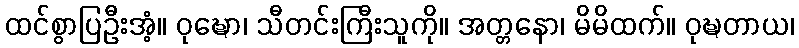
ထင်စွာပြဦးအံ့။ ဝုဍ္ဎော၊ သီတင်းကြီးသူကို။ အတ္တနော၊ မိမိထက်။ ဝုဍ္ဎတာယ၊